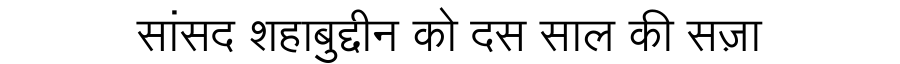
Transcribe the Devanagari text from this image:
सांसद शहाबुद्दीन को दस साल की सज़ा